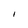
Character: I